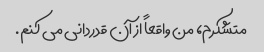
متشکرم، من واقعاً از آن قدردانی می کنم.